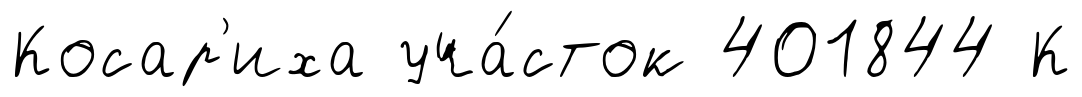
Косар'иха уча́сток 401844 К